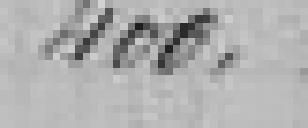
400